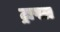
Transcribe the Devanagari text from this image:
ट्रापल